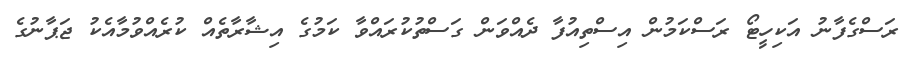
ރަސްގެފާނު އަކިހީޓޯ ރަސްކަމުން އިސްތިއުފާ ދެއްވަން ގަސްތުކުރައްވާ ކަމުގެ އިޝާރާތެއް ކުރެއްވުމާއެކު ޖަޕާނުގެ